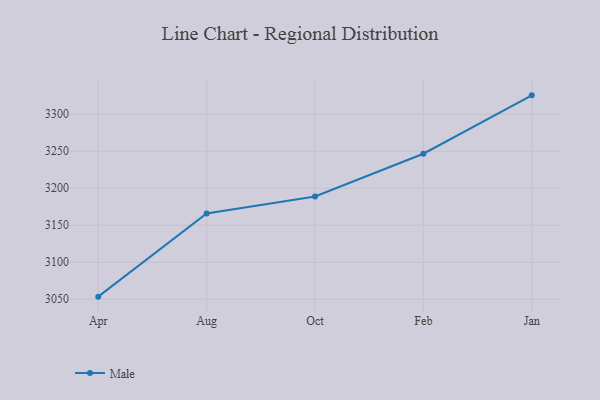
{"axis": {"x": "Month", "y": "Tickets Resolved"}, "legend": ["Male"], "data": [{"x": "Apr", "y": 3053.5, "type": "Male"}, {"x": "Aug", "y": 3165.9, "type": "Male"}, {"x": "Oct", "y": 3188.8, "type": "Male"}, {"x": "Feb", "y": 3246.7, "type": "Male"}, {"x": "Jan", "y": 3325.6, "type": "Male"}]}